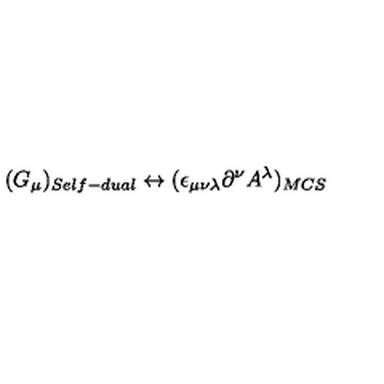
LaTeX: ( G _ { \mu } ) _ { S e l f - d u a l } \leftrightarrow ( \epsilon _ { \mu \nu \lambda } \partial ^ { \nu } A ^ { \lambda } ) _ { M C S }